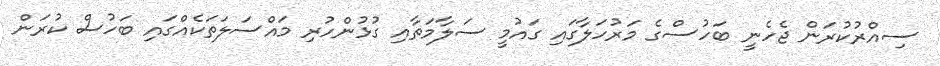
ސިއްރުކުރަން ޖެހެނީ ބަހުސްގެ މަރުހަލާގައި ގައުމީ ސަލާމަތާއި ގުޅުންހުރި މައްސަލަތަކެއްގައި ބަހުސް ކުރަން